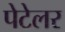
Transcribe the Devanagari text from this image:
पेटेलर